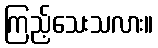
ကြည့်သေးသလား။